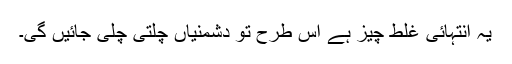
یہ انتہائی غلط چیز ہے اس طرح تو دشمنیاں چلتی چلی جائیں گی۔